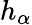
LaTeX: h_{\alpha}